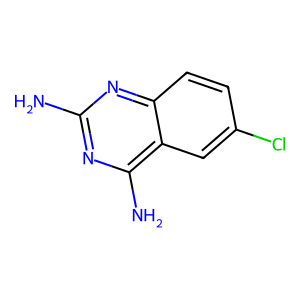
SMILES: Nc1nc(N)c2cc(Cl)ccc2n1
Inhibits HIV replication: No